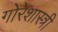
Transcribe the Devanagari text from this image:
गोरेशास्त्री